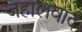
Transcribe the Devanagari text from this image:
जहालवाद